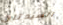
السيدتان